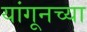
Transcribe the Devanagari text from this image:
यांगूनच्या